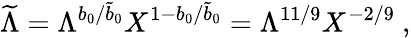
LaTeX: {\widetilde\Lambda}=\Lambda^{b_{0}/{\widetilde b}_{0}}X^{1-b_{0}/{\widetilde b}_{0}}=\Lambda^{11/9}X^{-2/9}~,